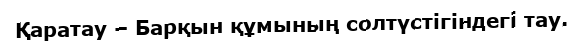
Қаратау – Барқын құмының солтүстігіндегі тау.